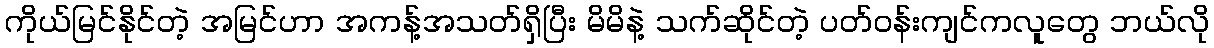
ကိုယ်မြင်နိုင်တဲ့ အမြင်ဟာ အကန့်အသတ်ရှိပြီး မိမိနဲ့ သက်ဆိုင်တဲ့ ပတ်ဝန်းကျင်ကလူတွေ ဘယ်လို